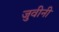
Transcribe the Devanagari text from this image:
जुवीनी